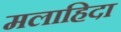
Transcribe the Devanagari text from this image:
मलाहिदा